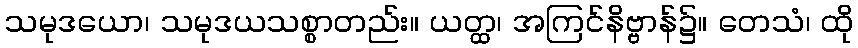
သမုဒယော၊ သမုဒယသစ္စာတည်း။ ယတ္ထ၊ အကြင်နိဗ္ဗာန်၌။ တေသံ၊ ထို